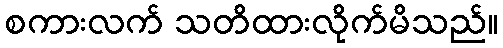
စကားလက် သတိထားလိုက်မိသည်။